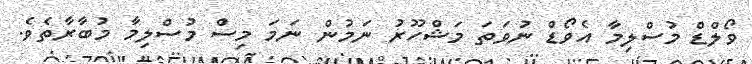
ވޯލްޑް މުސްލިމާ އެވޯޑް ނުވަތަ މަޝްހޫރު ނަމުން ނަމަ މިސް މުސްލިމާ މުބާރާތެވެ.